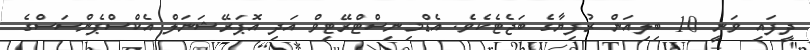
ދީފައި ވަނީ 10 ބިލިއަން ރުފިޔާގެ ބަޖެޓެކެވެ. އެޑްމިނިސްޓްރޭޓިވް އަދި އޮޕަރޭޝަނަލް އެކްސްޕެންސަސްގެ